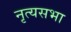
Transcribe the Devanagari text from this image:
नृत्यसभा